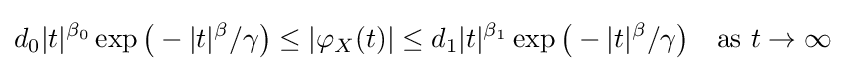
d_{0}|t|^{\beta _{0}}\exp {\big (}-|t|^{\beta }/\gamma {\big )}\leq |\varphi _{X}(t)|\leq d_{1}|t|^{\beta _{1}}\exp {\big (}-|t|^{\beta }/\gamma {\big )}\quad {\text{as }}t\to \infty